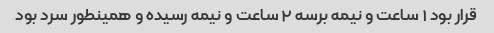
قرار بود ۱ ساعت و نیمه برسه ۲ ساعت و نیمه رسیده و همینطور سرد بود